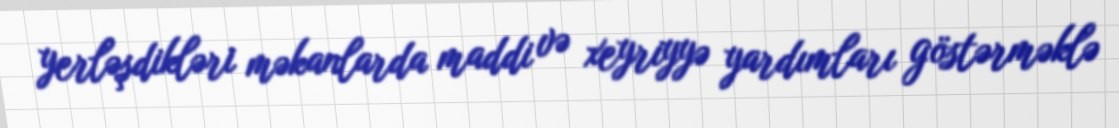
yerləşdikləri məkanlarda maddi və xeyriyyə yardımları göstərməklə